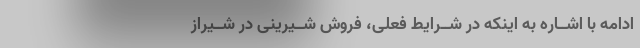
ادامه با اشــاره به اینکه در شــرایط فعلى، فروش شــیرینى در شــیراز